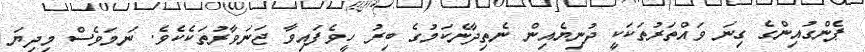
ޕެންގުއިންގެ ގިނަ ވައްތަރުތަކަކީ ދުނިޔެއިން ނެތިދާނެކަމުގެ ބިރު ހީވެފައިވާ ޖަނަވާރުތަކެކެވެ. ނަމަވެސް މިދިޔަ